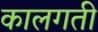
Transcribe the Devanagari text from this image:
कालगती